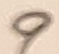
Text: 9